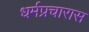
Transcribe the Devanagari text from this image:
धर्मप्रचारास